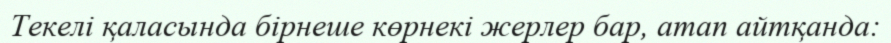
Текелі қаласында бірнеше көрнекі жерлер бар, атап айтқанда: